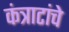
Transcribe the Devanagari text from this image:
कंत्राटांचे